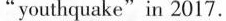
"youthquake"in 2017.